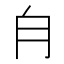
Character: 𣍝